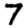
Digit: 7